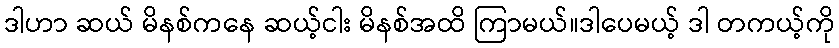
ဒါဟာ ဆယ် မိနစ်ကနေ ဆယ့်ငါး မိနစ်အထိ ကြာမယ်။ဒါပေမယ့် ဒါ တကယ့်ကို